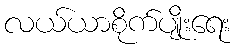
လယ်ယာစိုက်ပျိုးရေး